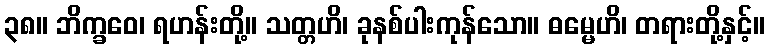
၃၈။ ဘိက္ခဝေ၊ ရဟန်းတို့။ သတ္တဟိ၊ ခုနစ်ပါးကုန်သော။ ဓမ္မေဟိ၊ တရားတို့နှင့်။